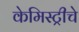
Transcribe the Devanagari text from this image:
केमिस्ट्रीचे